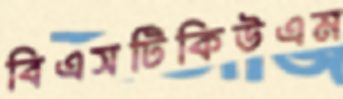
বিএসটিকিউএম